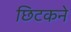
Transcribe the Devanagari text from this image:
छिटकने